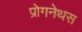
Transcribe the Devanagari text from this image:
प्रोगनेथस